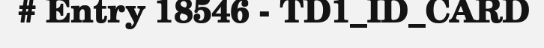
# Entry 18546 - TD1_ID_CARD